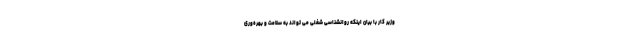
وزیر کار با بیان اینکه روانشناسی شغلی می تواند به سلامت و بهره‌وری